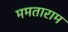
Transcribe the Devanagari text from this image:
ममताराम